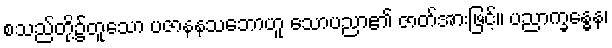
စသည်တို့၌တူသော ပဇာနနသဘောဟူ သောပညာ၏ ဇာတ်အားဖြင့်။ ပညာက္ခန္ဓေန၊